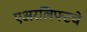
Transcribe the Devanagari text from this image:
एअरलिफ्टचे